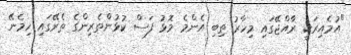
"އުމެއިރަކީ ރާއްޖޭގައި މިހާރު ތިބި އެންމެ މޮޅު ފަސް ކުޅުންތެރިންގެ ތެރޭގައި ހިމެނޭ